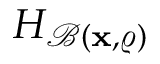
H _ { \mathcal { B } ( \mathbf { x } , \varrho ) }